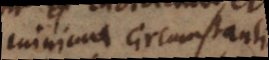
minima circumstantia